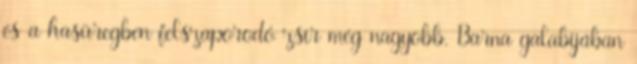
és a hasüregben felszaporodó zsír még nagyobb. Barna galabíjában